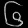
Digit: ၆